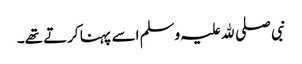
نبی صلی ﷲ علیہ وسلم اسے پہنا کرتے تھے۔